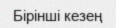
Бірінші кезең